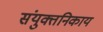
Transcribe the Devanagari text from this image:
संयुक्तनिकाय